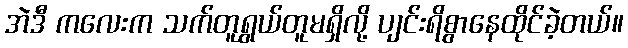
အဲဒီ ကလေးက သက်တူရွယ်တူမရှိလို့ ပျင်းရိစွာနေထိုင်ခဲ့တယ်။